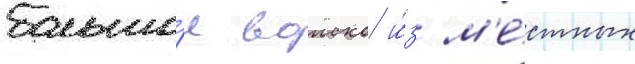
большо́е воиско и́з м'е́стных